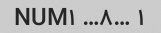
۱ …NUM۱ …۸